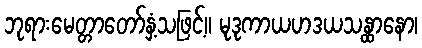
ဘုရားမေတ္တာတော်နှံ့သဖြင့်။ မုဒုကာယဟဒယသန္ထာနော၊